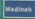
madinah